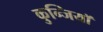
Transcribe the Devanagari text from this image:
कुन्जियाॅ